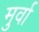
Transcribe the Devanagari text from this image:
मुर्वा